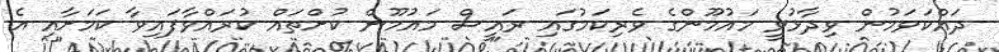
ދައްކަވަމުން ވިދާޅުވީ މައުމޫންގެ ވެރިކަމުގައި ރައީސް މައުމޫން ކުށްތައް ކުރައްވާފައިވާ ކަމަށާއި އެ